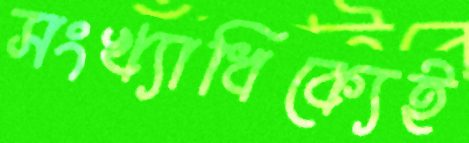
সংখ্যাধিক্যেই